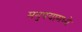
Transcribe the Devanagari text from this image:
मनुषयामध्ये